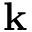
\mathbf k